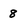
Character: 8